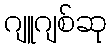
ဂျူဂျစ်ဆု